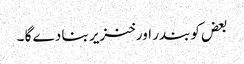
بعض کو بندر اور خنزیر بنا دے گا ۔